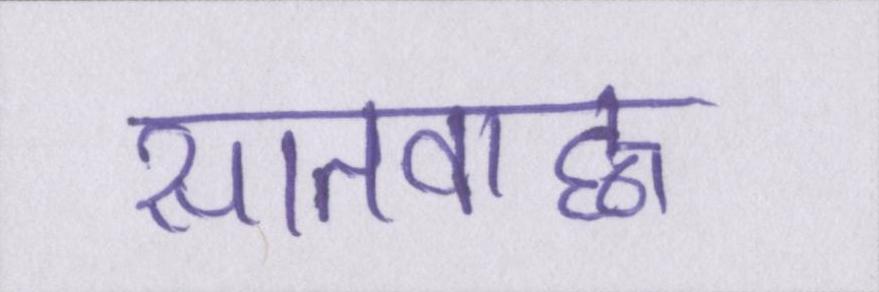
सातवाह्न